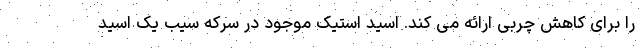
را برای کاهش چربی ارائه می کند. اسید استیک موجود در سرکه سیب یک اسید